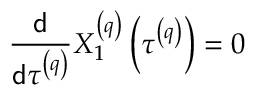
\frac { \mathsf { d } } { \mathsf { d } \tau ^ { \left( q \right) } } X _ { 1 } ^ { \left( q \right) } \left( \tau ^ { \left( q \right) } \right) = 0